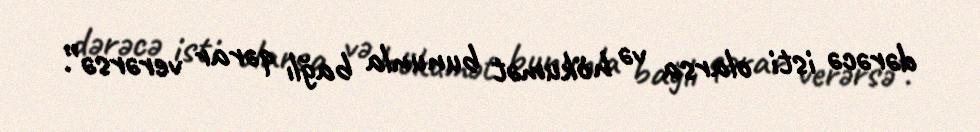
dərəcə isti olarsa və hökumət bununla bağlı qərar verərsə”.